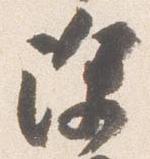
除